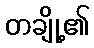
တချို့၏